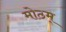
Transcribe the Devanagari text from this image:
मोठम्‌